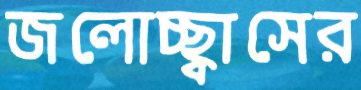
জলোচ্ছ্বাসের